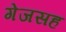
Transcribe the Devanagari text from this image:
गेजसह